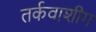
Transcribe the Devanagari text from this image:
तर्कवाशीग